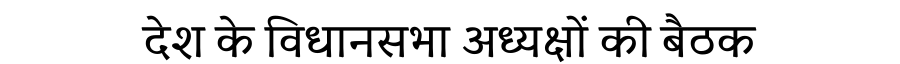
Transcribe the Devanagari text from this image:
देश के विधानसभा अध्यक्षों की बैठक